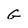
Character: G